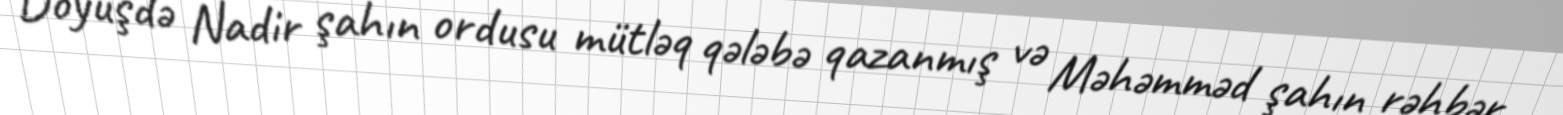
Döyüşdə Nadir şahın ordusu mütləq qələbə qazanmış və Məhəmməd şahın rəhbər